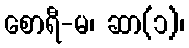
စောရီ-မ၊ ဆာ(၁)၊